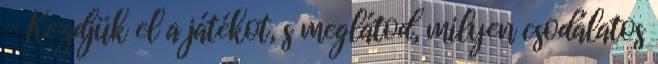
- Kezdjük el a játékot, s meglátod, milyen csodálatos